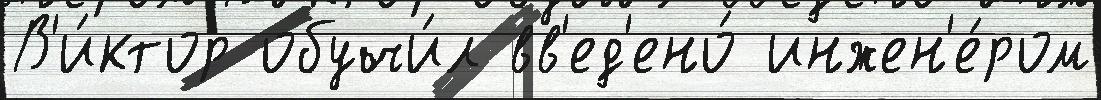
В'и́ктор обучи́л вв'ед'ено́ инжен'е́ром